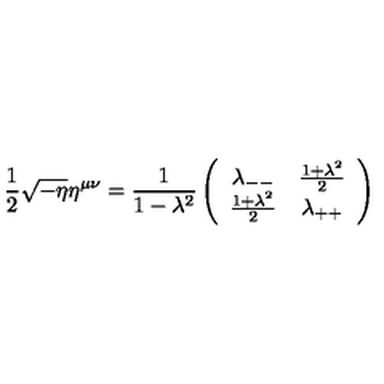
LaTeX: { \frac { 1 } { 2 } } \sqrt { - \eta } \eta ^ { \mu \nu } = { \frac { 1 } { 1 - \lambda ^ { 2 } } } \left( \begin{array} { c c } { { \lambda _ { -- } } } & { { { \frac { 1 + \lambda ^ { 2 } } { 2 } } } } \\ { { { \frac { 1 + \lambda ^ { 2 } } { 2 } } } } & { { \lambda _ { + + } } } \\ \end{array} \right)